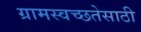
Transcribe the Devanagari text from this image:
ग्रामस्वच्छतेसाठी